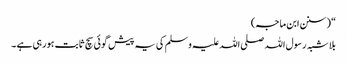
“ (سنن ابن ماجہ)
بلا شبہ رسول اللہ صلی اللہ علیہ وسلم کی یہ پیش گوئی سچ ثابت ہورہی ہے ۔